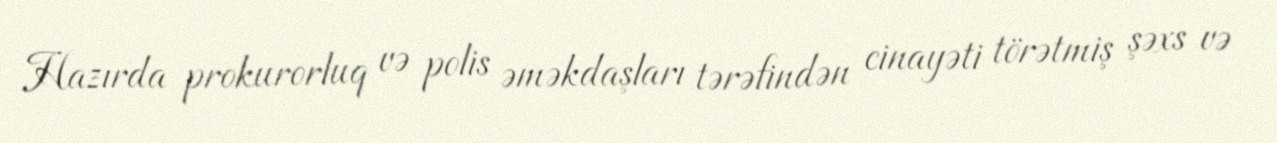
Hazırda prokurorluq və polis əməkdaşları tərəfindən cinayəti törətmiş şəxs və